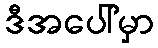
ဒီအပေါ်မှာ